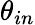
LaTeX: \theta_{in}